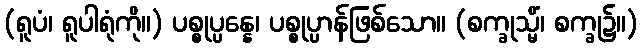
(ရူပံ၊ ရူပါရုံကို။) ပစ္စုပ္ပန္နေ၊ ပစ္စုပ္ပာန်ဖြစ်သော။ (စက္ခုသ္မိံ၊ စက္ခု၌။)